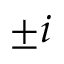
\pm i